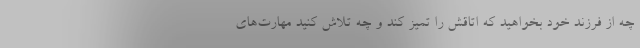
چه از فرزند خود بخواهید که اتاقش را تمیز کند و چه تلاش کنید مهارت‌های